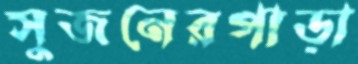
সুজনেরপাড়া